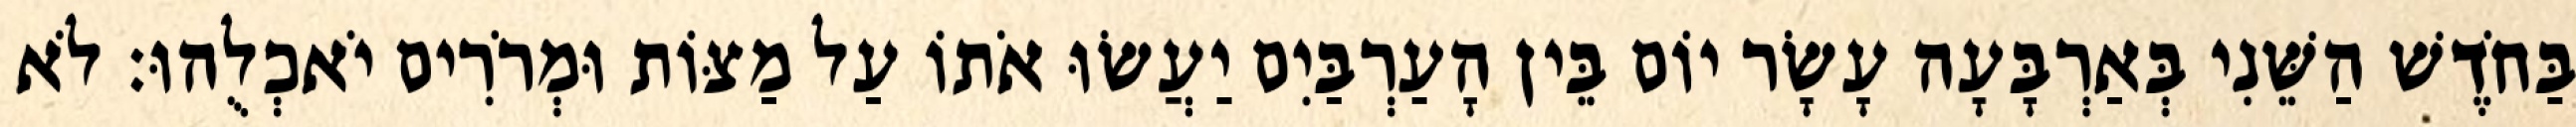
בַּחֹדֶשׁ הַשֵּׁנִי בְּאַרְבָּעָה עָשָׂר יוֹם בֵּין הָעַרְבַּיִם יַעֲשׂוּ אֹתוֹ עַל מַצּוֹת וּמְרֹרִים יֹאכְלֻהוּ׃ לֹא